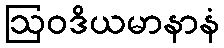
ဩဝဒိယမာနာနံ